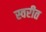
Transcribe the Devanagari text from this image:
स्वरीत